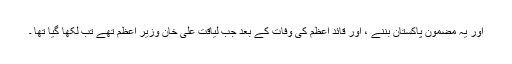
اور یہ مضمون پاکستان بننے ، اور قائد اعظم کی وفات کے بعد جب لیاقت علی خان وزیرِ اعظم تھے تب لکھا گیا تھا ۔